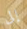
إلى